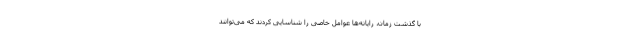
با گذشت زمان، رایانه‌ها عوامل خاصی را شناسایی کردند که می‌توانند